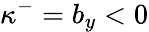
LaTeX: \kappa^{-}=b_{y}<0